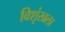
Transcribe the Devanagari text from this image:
विशृंखला